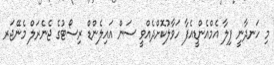
މި ހަނދާނީ ފިލާ އެމްއެންޑީއެފާ ހަވާލުކޮށްދެއްވީ ސަން އައިލެންޑް ރިސޯޓުގެ ޖެނެރަލް މެނޭޖަރ